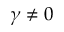
\gamma \neq 0